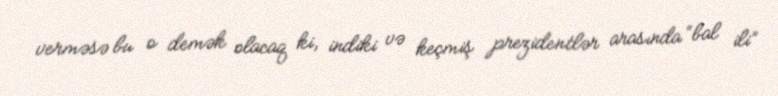
verməsə bu o demək olacaq ki, indiki və keçmiş prezidentlər arasında “bal ili”